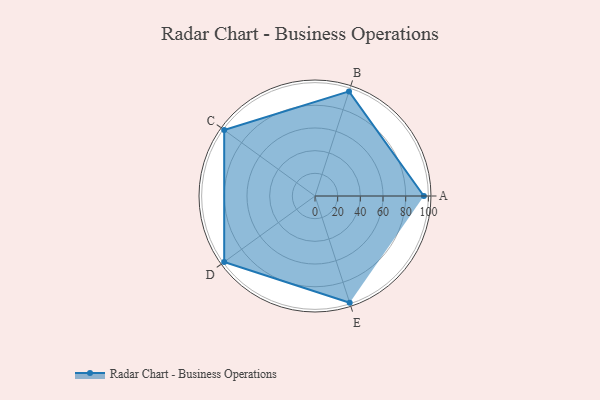
{"axis": {"x": "Skill", "y": "Score"}, "legend": ["Profile"], "data": [{"x": "A", "y": 96.0, "type": "Profile"}, {"x": "B", "y": 97.0, "type": "Profile"}, {"x": "C", "y": 99, "type": "Profile"}, {"x": "D", "y": 99, "type": "Profile"}, {"x": "E", "y": 99, "type": "Profile"}]}